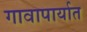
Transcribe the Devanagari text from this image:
गावापार्यात